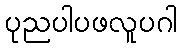
ပုညပါပဖလူပဂါ